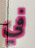
في